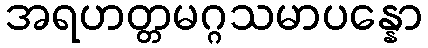
အရဟတ္တမဂ္ဂသမာပန္နော